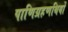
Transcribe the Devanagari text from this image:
पाणिग्रहणथियों